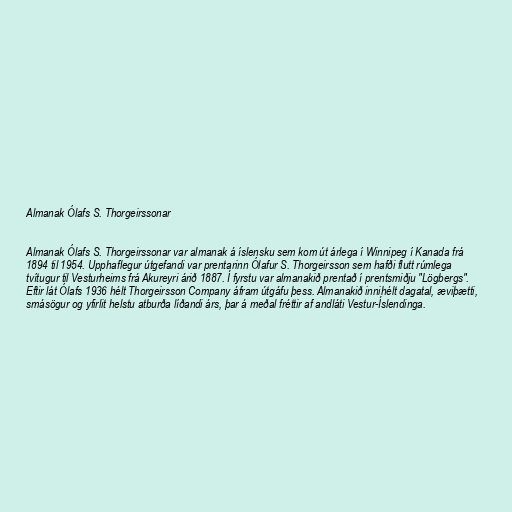
Almanak Ólafs S. Thorgeirssonar

Almanak Ólafs S. Thorgeirssonar var almanak á íslensku sem kom út árlega í Winnipeg í Kanada frá
1894 til 1954. Upphaflegur útgefandi var prentarinn Ólafur S. Thorgeirsson sem hafði flutt rúmlega
tvítugur til Vesturheims frá Akureyri árið 1887. Í fyrstu var almanakið prentað í prentsmiðju "Lögbergs".
Eftir lát Ólafs 1936 hélt Thorgeirsson Company áfram útgáfu þess. Almanakið innihélt dagatal, æviþætti,
smásögur og yfirlit helstu atburða líðandi árs, þar á meðal fréttir af andláti Vestur-Íslendinga.